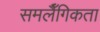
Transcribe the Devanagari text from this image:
समलैँगिकता